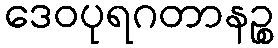
ဒေဝပုရဂတာနဉ္စ